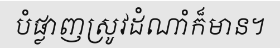
បំផ្លាញស្រូវដំណាំក៏មាន។